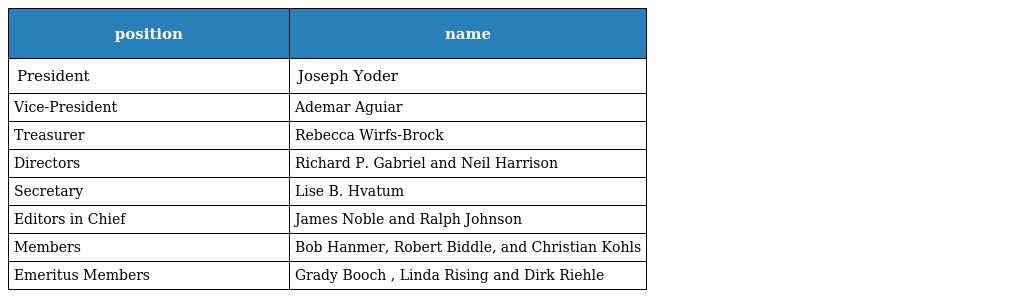
| position | name |
 | --- | --- |
 | President | Joseph Yoder |
 | Vice-President | Ademar Aguiar |
 | Treasurer | Rebecca Wirfs-Brock |
 | Directors | Richard P. Gabriel and Neil Harrison |
 | Secretary | Lise B. Hvatum |
 | Editors in Chief | James Noble and Ralph Johnson |
 | Members | Bob Hanmer, Robert Biddle, and Christian Kohls |
 | Emeritus Members | Grady Booch , Linda Rising and Dirk Riehle |